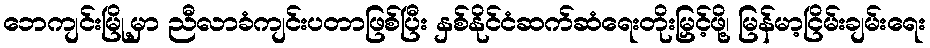
ဘေကျင်းမြို့မှာ ညီလာခံကျင်းပတာဖြစ်ပြီး နှစ်နိုင်ငံဆက်ဆံရေးတိုးမြှင့်ဖို့၊ မြန်မာ့ငြိမ်းချမ်းရေး